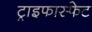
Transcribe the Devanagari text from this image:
ट्राइफास्फेट